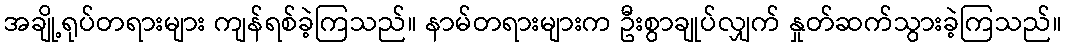
အချို့ရုပ်တရားများ ကျန်ရစ်ခဲ့ကြသည်။ နာမ်တရားများက ဦးစွာချုပ်လျှက် နှုတ်ဆက်သွားခဲ့ကြသည်။